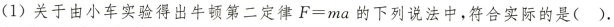
(1)关于由小车实验得出牛顿第二定律$$F = m a$$的下列说法中，符合实际的是（）.